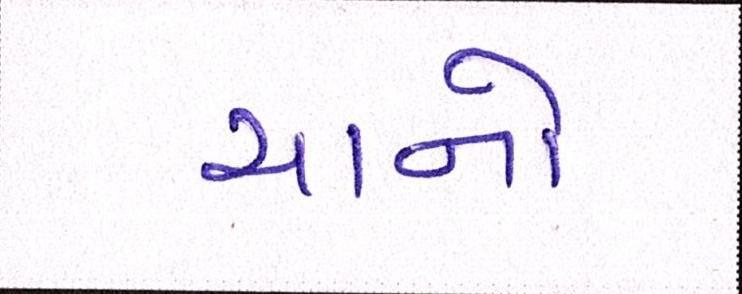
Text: ચાનો